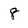
Character: 8